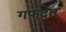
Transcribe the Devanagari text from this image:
गफदार